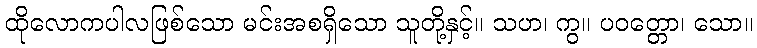
ထိုလောကပါလဖြစ်သော မင်းအစရှိသော သူတို့နှင့်။ သဟ၊ ကွ။ ပဝတ္တော၊ သော။